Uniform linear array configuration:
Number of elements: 8
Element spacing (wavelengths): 0.5
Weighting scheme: cosine
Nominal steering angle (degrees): -30
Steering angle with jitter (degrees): -31.626
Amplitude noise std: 0.05
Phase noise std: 0.05

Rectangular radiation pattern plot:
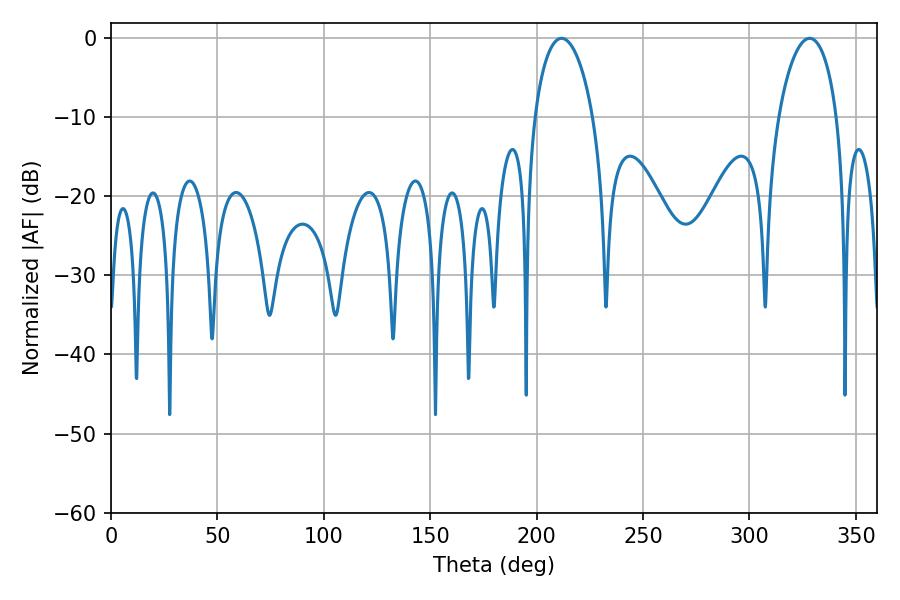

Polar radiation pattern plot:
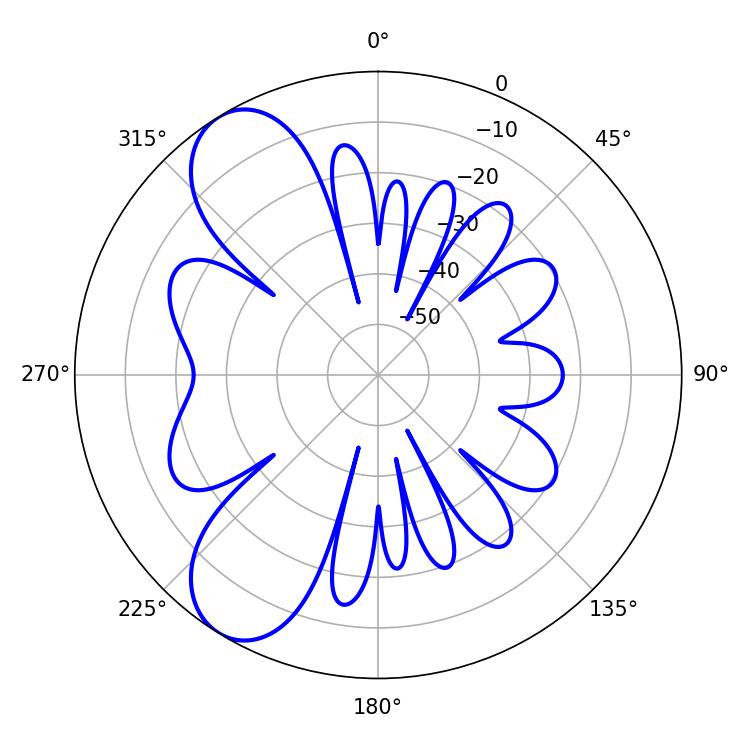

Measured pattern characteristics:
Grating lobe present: FALSE
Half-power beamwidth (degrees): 15.66
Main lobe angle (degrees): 211.68